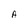
Character: A